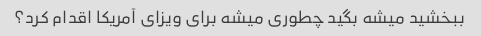
ببخشید میشه بگید چطوری میشه برای ویزای آمریکا اقدام کرد؟